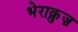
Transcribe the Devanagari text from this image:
भेराक्रुज़